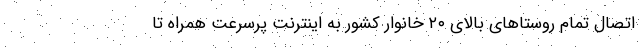
اتصال تمام روستاهای بالای ۲۰ خانوار کشور به اینترنت پرسرعت همراه تا